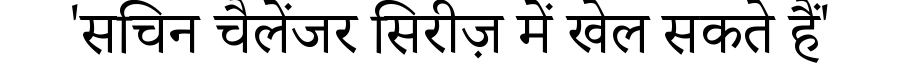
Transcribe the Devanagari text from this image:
'सचिन चैलेंजर सिरीज़ में खेल सकते हैं'